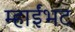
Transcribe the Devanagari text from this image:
म्हाईंभट